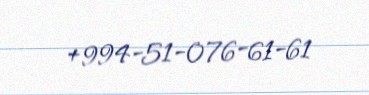
+994-51-076-61-61